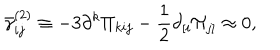
LaTeX: \bar { \gamma } _ { i j } ^ { ( 2 ) } \equiv - 3 \partial ^ { k } \Pi _ { k i j } - \frac 1 2 \partial _ { \left[ i \right. } \Pi _ { \left. j \right] } \approx 0 ,